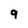
Character: 9